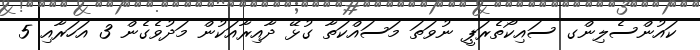
ކައުންސެލިންގ ސައިކޯތެރަޕީ ނުވަތަ މަސައްކަތާ ގުޅޭ ދާއިރާއަކުން މަދުވެގެން 3 އަހަރާއި 5